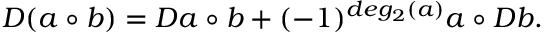
D ( a \circ b ) = D a \circ b + ( - 1 ) ^ { d e g _ { 2 } ( a ) } a \circ D b .